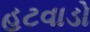
હટવાડો